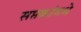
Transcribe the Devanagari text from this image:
सप्तकांमधे